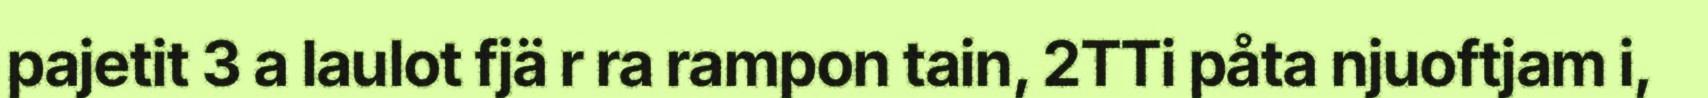
pajetit 3 a laulot fjä r ra rampon tain, 2TTi påta njuoftjam i,